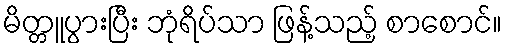
မိတ္တူပွားပြီး ဘုံရိပ်သာ ဖြန့်သည့် စာစောင်။